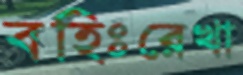
বহিঃরেখা